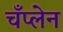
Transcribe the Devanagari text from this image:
चँप्लेन